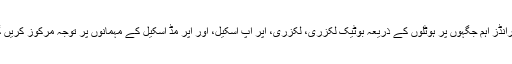
یہ برانڈز اہم جگہوں پر ہوٹلوں کے ذریعہ بوٹیک لکزری، لکزری، اپر اپ اسکیل، اور اپر مڈ اسکیل کے مہمانوں پر توجہ مرکوز کریں گے۔